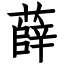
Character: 薛